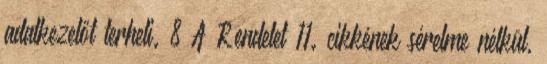
adatkezelőt terheli. 8 A Rendelet 11. cikkének sérelme nélkül,